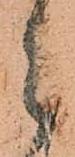
々